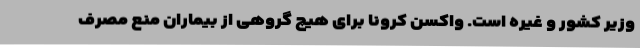
وزیر کشور و غیره است. واکسن کرونا برای هیچ گروهی از بیماران منع مصرف